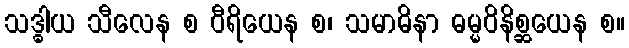
သဒ္ဓါယ သီလေန စ ဝီရိယေန စ၊ သမာဓိနာ ဓမ္မဝိနိစ္ဆယေန စ။